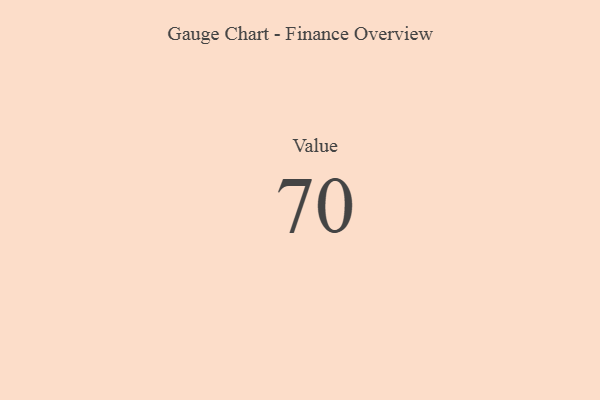
{"axis": {"x": "Metric", "y": "Value"}, "legend": [""], "data": [{"x": "Value", "y": 70, "type": ""}]}